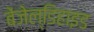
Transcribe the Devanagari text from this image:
बेंजेल्डिहाइड